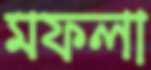
মফলা